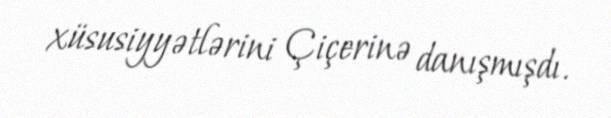
xüsusiyyətlərini Çiçerinə danışmışdı.